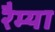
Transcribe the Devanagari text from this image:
रैम्या